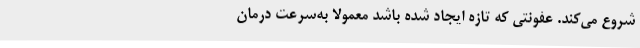
شروع می‌کند. عفونتی که تازه ایجاد شده باشد معمولاً به‌سرعت درمان